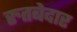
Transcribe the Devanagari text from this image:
रुतबेदार